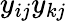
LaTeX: y_{ij}y_{kj}